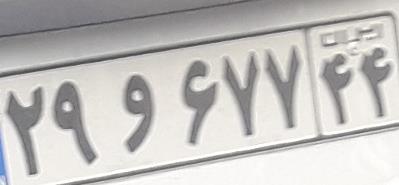
۲۹و۶۷۷۴۴